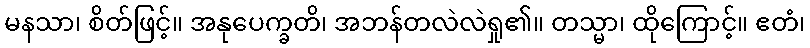
မနသာ၊ စိတ်ဖြင့်။ အနုပေက္ခတိ၊ အဘန်တလဲလဲရှု၏။ တသ္မာ၊ ထိုကြောင့်။ ဧတံ၊